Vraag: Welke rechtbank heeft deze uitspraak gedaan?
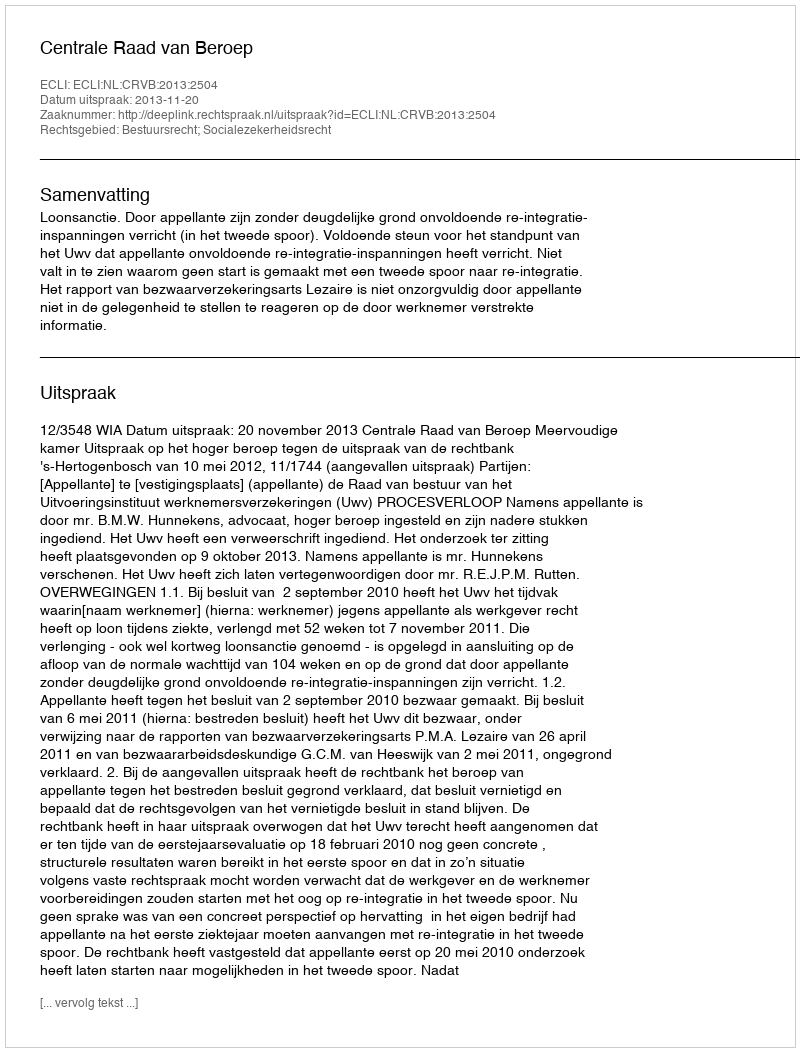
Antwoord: Centrale Raad van Beroep